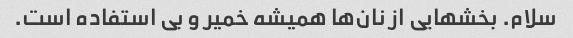
سلام. بخشهایی از نان‌ها همیشه خمیر و بی استفاده است.